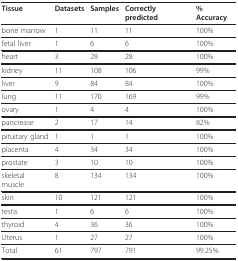
<table><thead><tr><td><b>Tissue</b></td><td><b>Datasets</b></td><td><b>Samples</b></td><td><b>Correctly predicted</b></td><td><b>% Accuracy</b></td></tr></thead><tbody><tr><td>bone marrow</td><td>1</td><td>11</td><td>11</td><td>100%</td></tr><tr><td>fetal liver</td><td>1</td><td>6</td><td>6</td><td>100%</td></tr><tr><td>heart</td><td>3</td><td>28</td><td>28</td><td>100%</td></tr><tr><td>kidney</td><td>11</td><td>108</td><td>106</td><td>99%</td></tr><tr><td>liver</td><td>9</td><td>84</td><td>84</td><td>100%</td></tr><tr><td>lung</td><td>11</td><td>170</td><td>169</td><td>99%</td></tr><tr><td>ovary</td><td>1</td><td>4</td><td>4</td><td>100%</td></tr><tr><td>pancrease</td><td>2</td><td>17</td><td>14</td><td>82%</td></tr><tr><td>pituitary gland</td><td>1</td><td>1</td><td>1</td><td>100%</td></tr><tr><td>placenta</td><td>4</td><td>34</td><td>34</td><td>100%</td></tr><tr><td>prostate</td><td>3</td><td>10</td><td>10</td><td>100%</td></tr><tr><td>skeletal muscle</td><td>8</td><td>134</td><td>134</td><td>100%</td></tr><tr><td>skin</td><td>10</td><td>121</td><td>121</td><td>100%</td></tr><tr><td>testis</td><td>1</td><td>6</td><td>6</td><td>100%</td></tr><tr><td>thyroid</td><td>4</td><td>36</td><td>36</td><td>100%</td></tr><tr><td>Uterus</td><td>1</td><td>27</td><td>27</td><td>100%</td></tr><tr><td>Total</td><td>61</td><td>797</td><td>791</td><td>99.25%</td></tr></tbody></table>